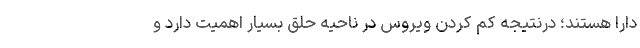
دارا هستند؛ درنتیجه کم کردن ویروس در ناحیه حلق بسیار اهمیت دارد و